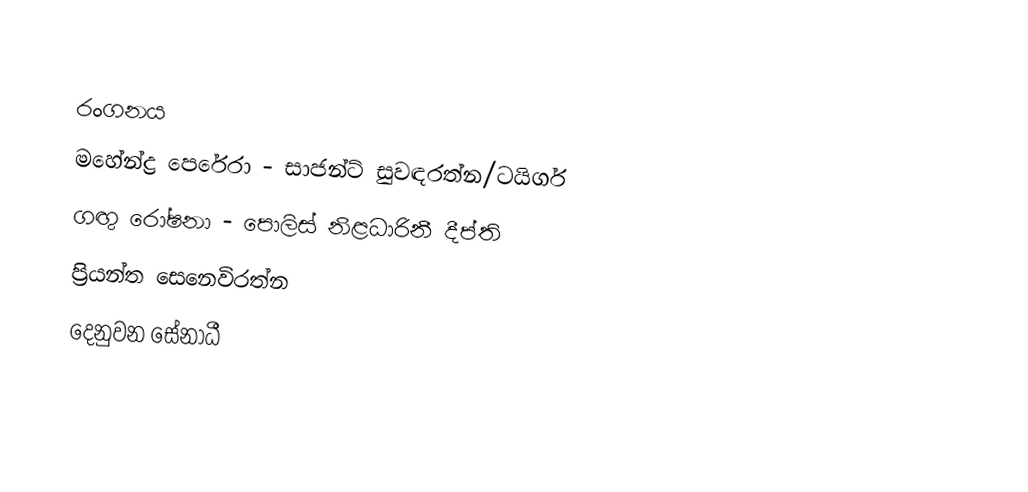

රංගනය
මහේන්ද්‍ර පෙරේරා - සාජන්ට් සුවඳරත්න/ටයිගර්
ගඟු රෝෂනා - පොලිස් නිළධාරිනී දීප්ති
ප්‍රියන්ත සෙනෙවිරත්න
දෙනුවන සේනාධී